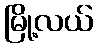
မြို့လယ်